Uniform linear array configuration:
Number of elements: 8
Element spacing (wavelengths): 0.5
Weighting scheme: kaiser
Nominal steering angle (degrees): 45
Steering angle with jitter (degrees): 44.599
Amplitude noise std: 0.05
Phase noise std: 0.05

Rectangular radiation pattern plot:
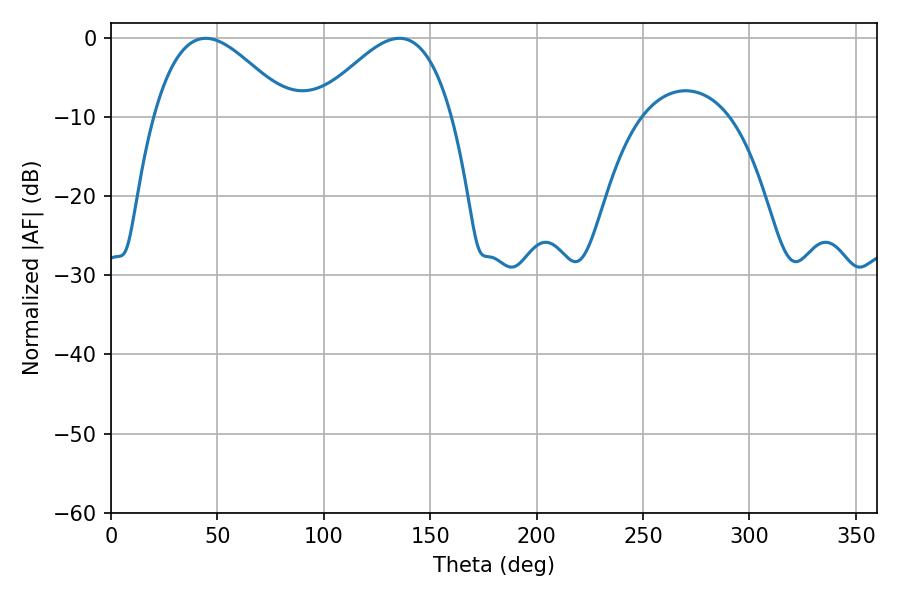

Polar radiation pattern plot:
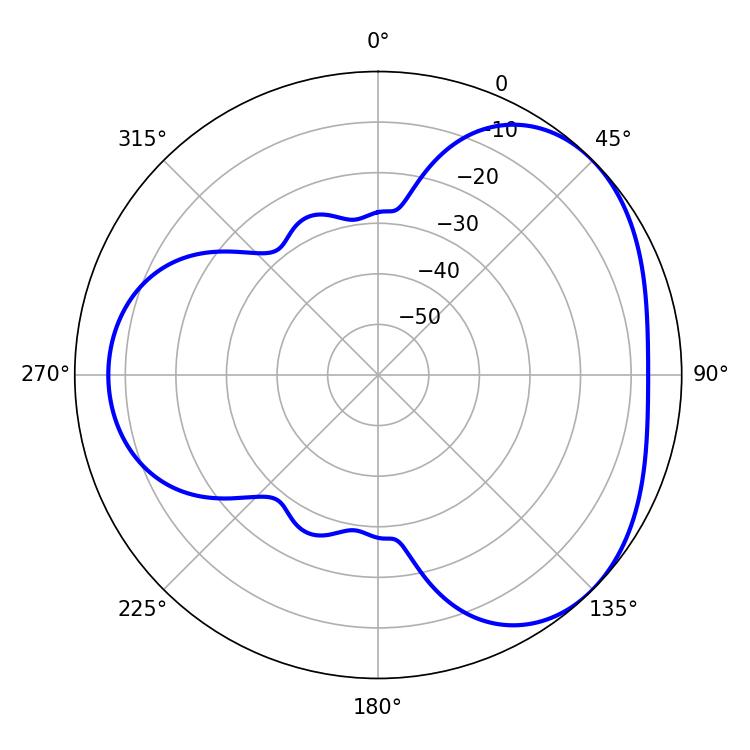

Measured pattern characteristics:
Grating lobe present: FALSE
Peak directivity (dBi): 3.686
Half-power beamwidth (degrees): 34.56
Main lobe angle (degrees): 44.46